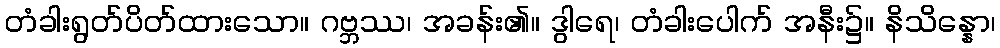
တံခါးရွတ်ပိတ်ထားသော။ ဂဗ္ဘဿ၊ အခန်း၏။ ဒွါရေ၊ တံခါးပေါက် အနီး၌။ နိသိန္နော၊